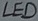
Text: LED